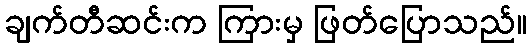
ချက်တီဆင်းက ကြားမှ ဖြတ်ပြောသည်။